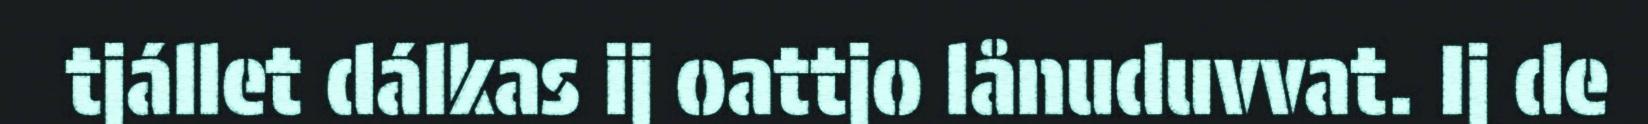
tjállet dálkas ij oattjo lånuduvvat. Ij de